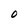
Character: O